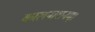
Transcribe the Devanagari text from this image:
कालनाशनम्।